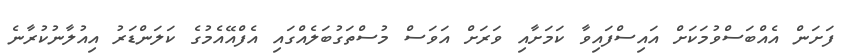
ފަށަން އެއްބަސްވުމަކަށް އައިސްފައިވާ ކަމަށާއި ވަރަށް އަވަސް މުސްތަގުބަލެއްގައި އެފްއޭއެމުގެ ކަލަންޑަރު އިއުލާނުކުރާނެ